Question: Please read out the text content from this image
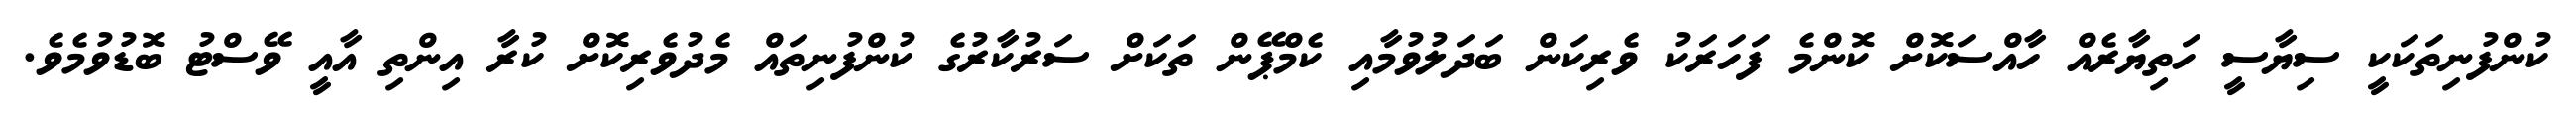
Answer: ކުންފުނިތަކަކީ ސިޔާސީ ހަތިޔާރެއް ހާއްސަކޮށް ކޮންމެ ފަހަރަކު ވެރިކަން ބަދަލުވުމާއި ކެމްޕޭން ތަކަށް ސަރުކާރުގެ ކުންފުނިތައް މެދުވެރިކޮށް ކުރާ އިންތި އާއީ ވޭސްޓު ބޮޑުވުމެވެ.